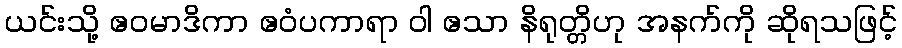
ယင်းသို့ ဧဝမာဒိကာ ဧဝံပကာရာ ဝါ ဧသာ နိရုတ္တိဟု အနက်ကို ဆိုရသဖြင့်